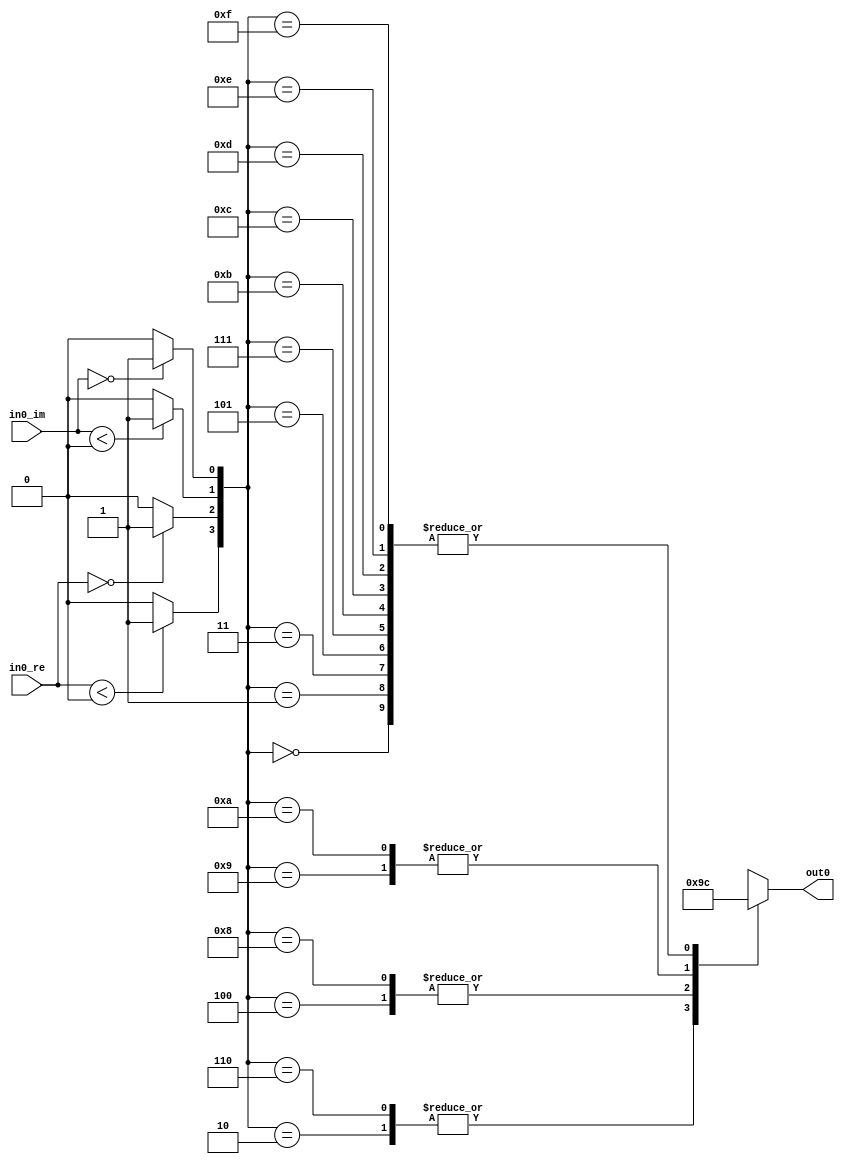
// -------------------------------------------------------------
// 
// 
// Generated by MATLAB 8.2 and HDL Coder 3.3
// 
// -------------------------------------------------------------


// -------------------------------------------------------------
// 
// Module: QPSK_Demodulator_Baseband
// Source Path: qpskhdltest/QPSK Demodulator Baseband
// Hierarchy Level: 0
// 
// -------------------------------------------------------------

`timescale 1 ns / 1 ns

module QPSK_Demodulator_Baseband
          (
           in0_re,
           in0_im,
           out0
          );


  input   signed [15:0] in0_re;  // sfix16_En15
  input   signed [15:0] in0_im;  // sfix16_En15
  output  [1:0] out0;  // ufix2


  wire inphase_lt_zero;
  wire inphase_eq_zero;
  wire quadrature_lt_zero;
  wire quadrature_eq_zero;
  wire [3:0] decisionLUTaddr;  // ufix4
  wire [1:0] DirectLookupTable_1 [0:15];  // ufix2 [16]
  wire [1:0] hardDecision;  // ufix2


  assign inphase_lt_zero = (in0_re < 16'sb0000000000000000 ? 1'b1 :
              1'b0);



  assign inphase_eq_zero = (in0_re == 16'sb0000000000000000 ? 1'b1 :
              1'b0);



  assign quadrature_lt_zero = (in0_im < 16'sb0000000000000000 ? 1'b1 :
              1'b0);



  assign quadrature_eq_zero = (in0_im == 16'sb0000000000000000 ? 1'b1 :
              1'b0);



  assign decisionLUTaddr = {inphase_lt_zero, inphase_eq_zero, quadrature_lt_zero, quadrature_eq_zero};



  assign DirectLookupTable_1[0] = 2'b00;
  assign DirectLookupTable_1[1] = 2'b00;
  assign DirectLookupTable_1[2] = 2'b10;
  assign DirectLookupTable_1[3] = 2'b00;
  assign DirectLookupTable_1[4] = 2'b01;
  assign DirectLookupTable_1[5] = 2'b00;
  assign DirectLookupTable_1[6] = 2'b10;
  assign DirectLookupTable_1[7] = 2'b00;
  assign DirectLookupTable_1[8] = 2'b01;
  assign DirectLookupTable_1[9] = 2'b11;
  assign DirectLookupTable_1[10] = 2'b11;
  assign DirectLookupTable_1[11] = 2'b00;
  assign DirectLookupTable_1[12] = 2'b00;
  assign DirectLookupTable_1[13] = 2'b00;
  assign DirectLookupTable_1[14] = 2'b00;
  assign DirectLookupTable_1[15] = 2'b00;
  assign hardDecision = DirectLookupTable_1[decisionLUTaddr];



  assign out0 = hardDecision;

endmodule  // QPSK_Demodulator_Baseband